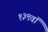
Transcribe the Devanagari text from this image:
१३९वॉ